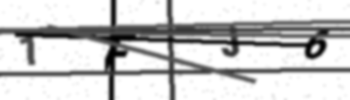
Text: 1FJ6